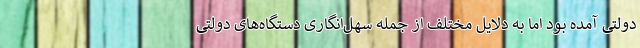
دولتی آمده بود اما به دلایل مختلف از جمله سهل‌انگاری دستگاه‌های دولتی